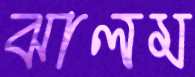
ঝালম